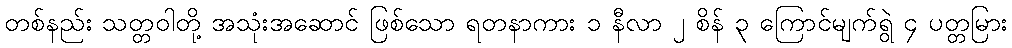
တစ်နည်း သတ္တဝါတို့ အသုံးအဆောင် ဖြစ်သော ရတနာကား ၁ နီလာ ၂ စိန် ၃ ကြောင်မျက်ရွဲ ၄ ပတ္တမြား